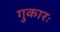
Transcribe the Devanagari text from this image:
गुकारः